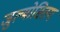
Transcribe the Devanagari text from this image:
जुल्मोसितम